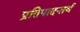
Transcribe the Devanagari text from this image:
प्रतिपादनार्थ